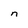
Character: n